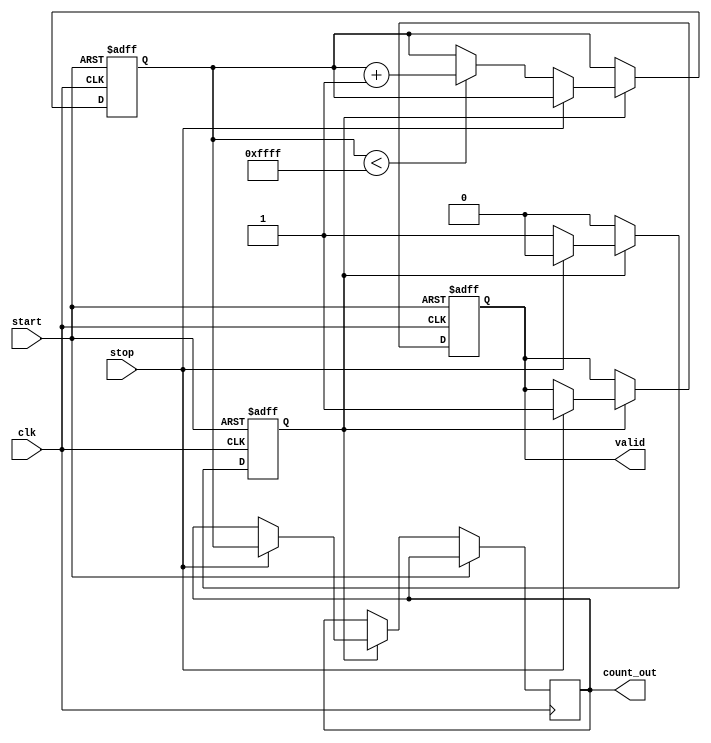
module TDC (
    input wire clk,             // Clock signal
    input wire start,           // Start signal
    input wire stop,            // Stop signal
    output reg [15:0] count_out, // Output count (adjust size as necessary)
    output reg valid            // Indicates valid output
);

    // Parameters
    parameter DELAY_ELEMENTS = 16; // Number of delay elements in the delay line
    parameter MAX_COUNT = 16'hFFFF; // Maximum count value

    // Delay line (array of delay elements)
    reg [DELAY_ELEMENTS-1:0] delay_line;
    
    // Counter for measuring time intervals
    reg [15:0] counter;
    reg measuring; // State indicating if we are currently measuring

    // Control logic for the TDC
    always @(posedge clk or posedge start) begin
        if (start) begin
            // Reset counter and state when start is received
            counter <= 0;
            measuring <= 1;
            valid <= 0;
        end else if (measuring) begin
            if (stop) begin
                // Stop counting when the stop signal is received
                measuring <= 0;
                count_out <= counter; // Store the count in the output register
                valid <= 1; // Mark output as valid
            end else begin
                // Increment the counter if still measuring
                if (counter < MAX_COUNT) begin
                    counter <= counter + 1;
                end
            end
        end
    end

    // Sampling the delay line (this is a simplified representation)
    always @(posedge clk) begin
        if (measuring) begin
            delay_line <= {delay_line[DELAY_ELEMENTS-2:0], 1'b1}; // Shift in a value
        end else begin
            delay_line <= 0; // Reset delay line when not measuring
        end
    end

endmodule